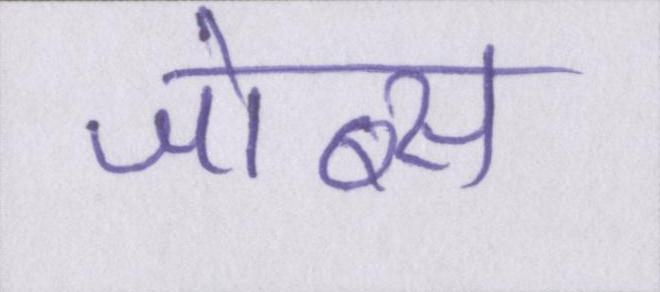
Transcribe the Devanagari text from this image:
जोब्स